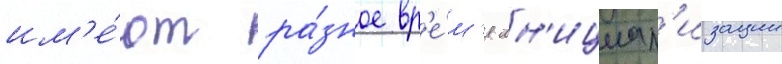
им'е́ют ра́зное вр'е́м'я ин'ициал'изации